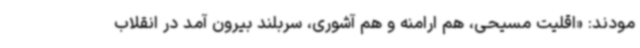
مودند: «اقلیت مسیحی، هم ارامنه و هم آشوری، سربلند بیرون آمد در انقلاب